Scottish Leaving Certificate Examination, 1951
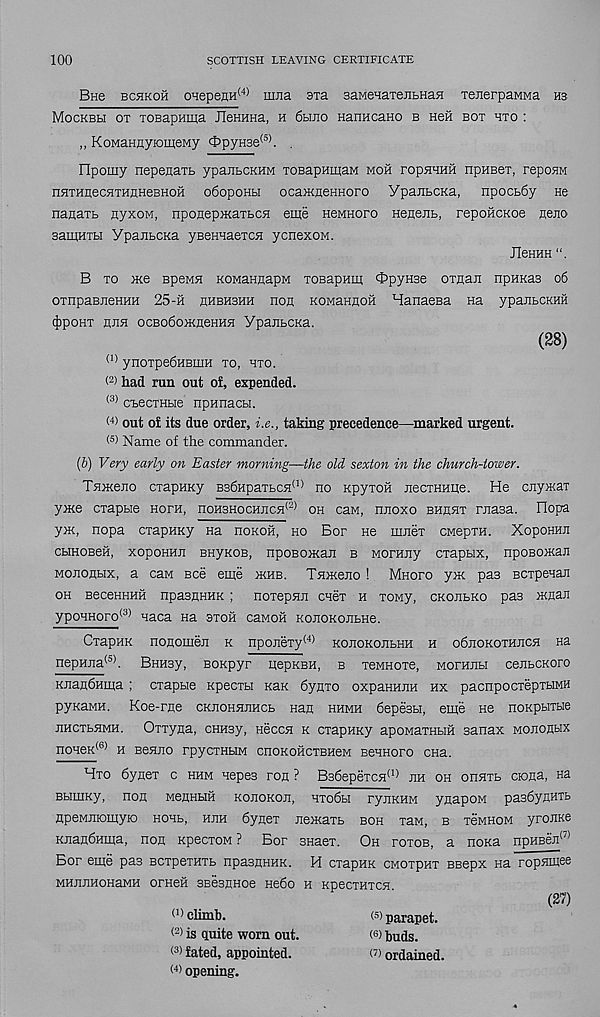
100
SCOTTISH LEAVING CERTIFICATE
Bne bchkoh 0HepeflH (4> miia sva saMenaTejibHaH TeiierpaMMa hs
Mockbbi ot TOBapHma JleHHHa, h 6hjio HanHcano b Hen bot hto :
„ KoMaHnyiomeMy OpyH3e (5) . .
npomy nepeiiaTb ypaiibCKHM TOBapmiiaM moh ropHHHH npHBei, repoim
nHTHnecHTHUHeBHofi o6opoHbi ocaiKfleHHoro YpanbCKa, npocb6y He
naiiaTb HyxoM, nponepiKaTbCH eme neMHoro Heneiib, repoilcKoe neEO
saiuHTH YpaiibCKa yBeHHaexcH ycnexoM.
JleHHH
B to me BpeMH KOMannapM TOBapHm OpyHae oxnaji npHKas 06
oxnpaBJieHHH 25-h hhbhbhh non KOMaHHOH HanaeBa na ypanbCKHH
4)poHx hjih ocBo6o>KHeHHH YpaiibCKa.
(28)
(I) ynoxpe6HBiiiH xo, hxo.
< 2) had run out ot, expended.
(3) ctecxHbie npHnacbi.
<4) out of its due order, i.e., taking precedence—marked urgent.
W Name of the commander.
(b) Very early on Easter morning—the old sexton in the church-tower.
TsuKeno cxapuKy B36HpaxbCH (1) no Kpyxoii necxHHiie. He cnyiKaT
yme cxapbie hoth, ^0H3H0CHJIC5^( 2, oh caw, nnoxo bhhhx rnasa. Ilopa
y>K, nopa cxapHKy Ha hokoh, ho Bor ne nmex CMepxH. XopoHHE
cHHOBeii, xopoHHn BHyKOB, npoBoiKan b Morany cxapbix, npoBOKan
MOJionbix, a caM see eme fkhb. T5DKe.no ! Mhofo ym pas Bcxpenan
oh BeceHHHH npasnHHK ; noxepHn cnex h xoMy, ckojibko pas xman
ypoHHoro (3) naca Ha sxoii cawoH KonoKoiibHe.
CxapHK noflomeji k npojiexy (4) kojiokojibhh h o6jiokothjich na
nepHiia (o) . Bnusy, BOKpyr nepKBH, b xeMHoxe, MornnH cenbCKoro
KnandHina ; exapue Kpecxbi KaK dynxo oxpaHHiiH hx pacnpocxepxHMH
pyKaMH. Koe-rae ckjiohhjihcb nan hhmh depesbi, eme ne noKpbixue
jiHcxbHMH. OxTyna, cHHsy, Heccn k cxapHKy apoMaxHbiH sanax mojiouhx
noHeK (S> h Benno rpycxHbiM cnoKOHCTBHeM BenHoro cHa.
Hto 6ynex c hhm nepes ron ? B36epexc5i (1) jih oh onsixb ciona, na
BbimKy, non MenHHii kojiokoji, htoSbi ryiiKHM ynapoM pasdynHXb
HpeMinomyio HOHb, huh dynex nexiaTb boh xaM, b t6mhom yronKe
KJian6Hma, non KpecxoM ? Bor 3Haex. Oh toxob, a noKa npHBeJi (/)
Bor eme pas BcxpexHXb npasnHHK. H cxapHK cmotphx BBepx na rop5nnee
MHJiJiHonaMH orneH sBesnHoe He6o h KpecxHxcsi
(27)
0) climb.
(s) parapet.
(2) is quite worn out.
( 6 ) buds.
(3> fated, appointed.
(') ordained.
(4) opening.